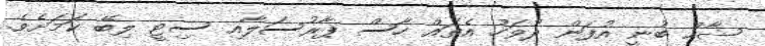
ޝާހް ބުނީ އުފަން ދުވަހު އެތައް ހާސް ޕާރުސަލާއި ސިޓީ ލިބޭ ކަމަށެވެ.